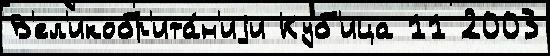
В'ел'икобр'ита́н'иjи Куб'ица 11 2003